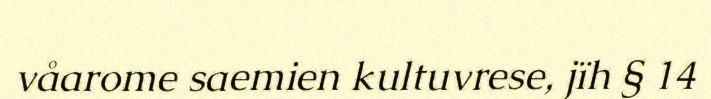
våarome saemien kultuvrese, jïh § 14